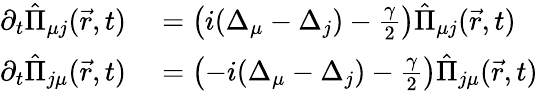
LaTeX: \begin{array}{rl}{\partial_{t}\hat{\Pi}_{\mu j}(\vec{r},t)}&{{}=\left(i(\Delta_{\mu}-\Delta_{j})-\frac{\gamma}{2}\right)\hat{\Pi}_{\mu j}(\vec{r},t)}\\ {\partial_{t}\hat{\Pi}_{j\mu}(\vec{r},t)}&{{}=\left(-i(\Delta_{\mu}-\Delta_{j})-\frac{\gamma}{2}\right)\hat{\Pi}_{j\mu}(\vec{r},t)}\end{array}